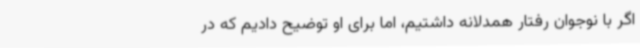
اگر با نوجوان رفتار همدلانه داشتیم، اما برای او توضیح دادیم که در